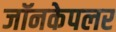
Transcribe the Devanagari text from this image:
जॉनकेपलर